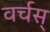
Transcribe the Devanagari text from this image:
वर्चस्